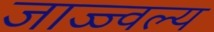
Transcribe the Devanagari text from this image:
जाज्ज्वल्य